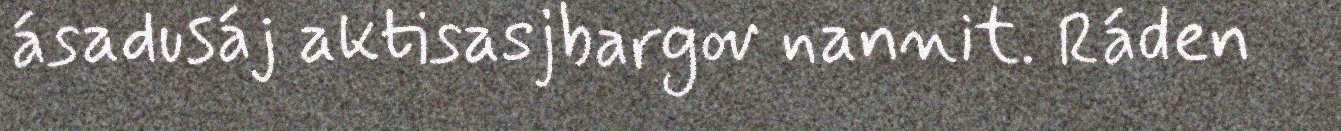
ásadusáj aktisasjbargov nannit. Ráden